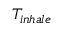
T _ { i n h a l e }